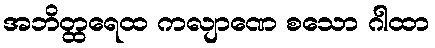
အဘိတ္ထရေထ ကလျာဏေ စသော ဂါထာ